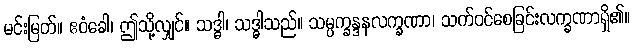
မင်းမြတ်။ ဧဝံခေါ၊ ဤသို့လျှင်။ သဒ္ဓါ၊ သဒ္ဓါသည်။ သမ္ပက္ခန္ဒနလက္ခဏာ၊ သက်ဝင်စေခြင်းလက္ခဏာရှိ၏။